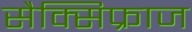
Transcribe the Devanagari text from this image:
सैक्सिफ्राज